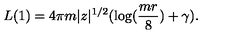
L ( 1 ) = 4 \pi m | z | ^ { 1 / 2 } ( \log ( { \frac { m r } { 8 } } ) + \gamma ) .